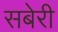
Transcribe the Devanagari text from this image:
सबेरी